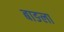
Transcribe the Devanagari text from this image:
बाङला